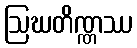
ဩဃတိဏ္ဏဿ